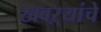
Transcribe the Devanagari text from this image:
खबऱ्यांचे